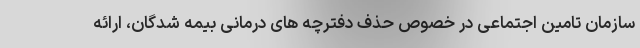
سازمان تامین اجتماعی در خصوص حذف دفترچه های درمانی بیمه شدگان، ارائه